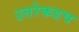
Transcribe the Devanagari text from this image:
उत्तरेकडच